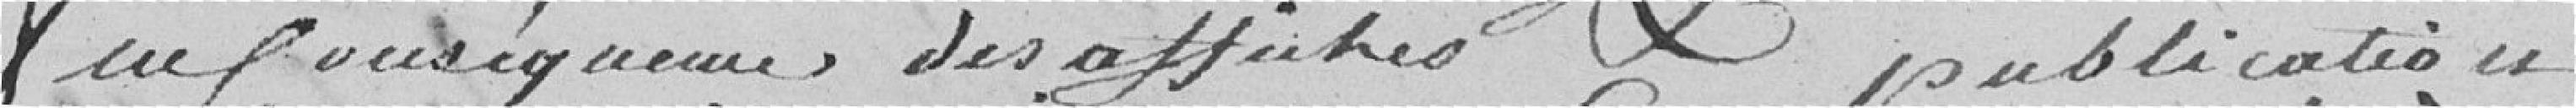
en conséquence des affiches et publication